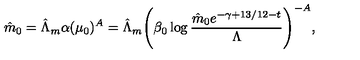
\hat { m } _ { 0 } = \hat { \Lambda } _ { m } \alpha ( \mu _ { 0 } ) ^ { A } = \hat { \Lambda } _ { m } \Biggl ( \beta _ { 0 } \log { \frac { \hat { m } _ { 0 } e ^ { - \gamma + 1 3 / 1 2 - t } } { \Lambda } } \Biggl ) ^ { - A } ,